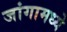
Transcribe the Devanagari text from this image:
जांगामध्ये